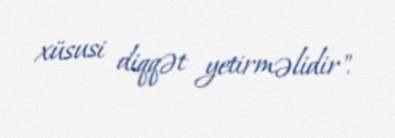
xüsusi diqqət yetirməlidir".